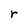
Character: r